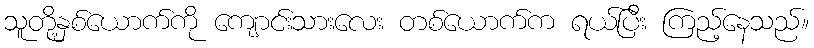
သူတို့နှစ်ယောက်ကို ကျောင်းသားလေး တစ်ယောက်က ရယ်ပြီး ကြည့်နေသည်။